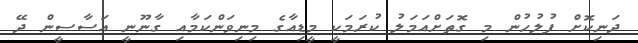
ދަނިކޮށް ފުލުހުން މި ގޮތަށްއަމަލު ކުރަމަކީ މީޑިއާގެ މިނިވަންކަމާއި ގާނޫނީ އަސާސީން ދޭ